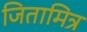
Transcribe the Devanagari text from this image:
जितामित्र